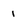
Character: 1